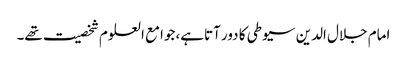
امام جلال الدین سیوطی کا دور آتاہے، جوامع العلوم شخصیت تھے۔